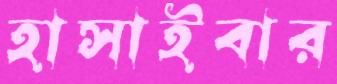
হাসাইবার